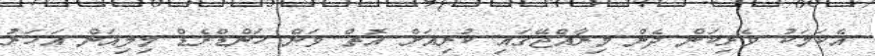
އެކަމަކު ވެރިކަން ދެން މިރާއްޖޭގައި ކުރިއަށް އޮތް ވަން ހަންޑްރެޑް މިލިއަން އަހަރު